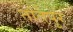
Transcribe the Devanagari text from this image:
तांतेपुर